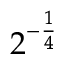
2 ^ { - { \frac { 1 } { 4 } } }